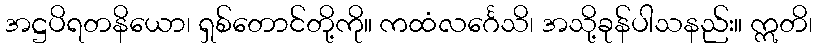
အဋ္ဌပိရတနိယော၊ ရှစ်တောင်တို့ကို။ ကထံလင်္ဂေသိ၊ အသို့ခုန်ပါသနည်း။ ဣတိ၊